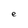
Character: e